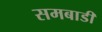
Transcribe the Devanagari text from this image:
समबाडी